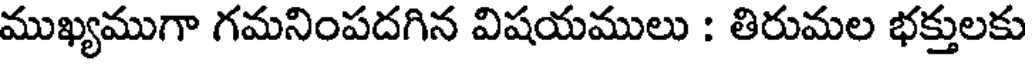
ముఖ్యముగా గమనింపదగిన విషయములు : తిరుమల భక్తులకు